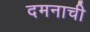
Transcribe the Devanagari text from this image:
दमनाची